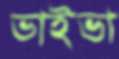
ভাইভা